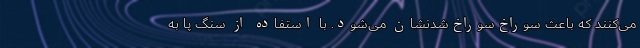
می‌کنند که باعث سوراخ‌سوراخ‌شدنشان می‌شود. با استفاده از سنگ پا به